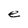
Character: e